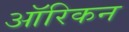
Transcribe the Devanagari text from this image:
ऑरिकन